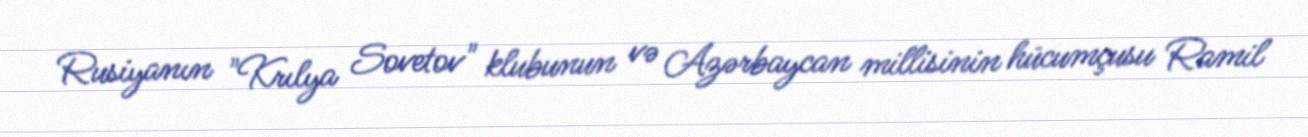
Rusiyanın "Krılya Sovetov" klubunun və Azərbaycan millisinin hücumçusu Ramil